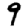
Digit: 9